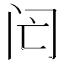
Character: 𨸁